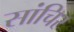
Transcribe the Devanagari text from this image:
सांचिर